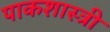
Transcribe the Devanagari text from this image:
पाकशास्त्री